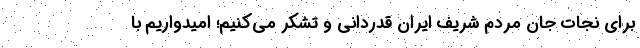
برای نجات جان مردم شریف ایران قدردانی و تشکر می‌کنیم؛ امیدواریم با